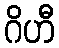
ဂိဟီ